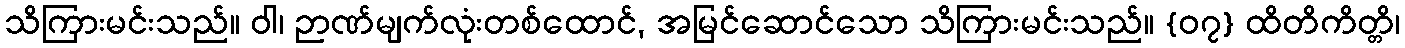
သိကြားမင်းသည်။ ဝါ၊ ဉာဏ်မျက်လုံးတစ်ထောင်, အမြင်ဆောင်သော သိကြားမင်းသည်။ {၀၇} ထိတိကိတ္တိ၊